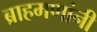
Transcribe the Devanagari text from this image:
ब्राहमणांनी